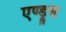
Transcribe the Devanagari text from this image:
एण्ड्रूस